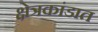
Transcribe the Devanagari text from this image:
क्षेत्रकांडात